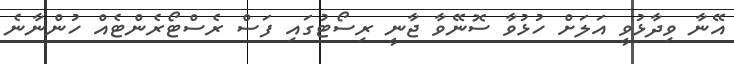
އޭނާ ވިދާޅުވީ އަލަށް ހުޅުވާ ސޮނޭވާ ޖާނީ ރިސޯޓުގައި ފަސް ރެސްޓޯރެންޓެއް ހުންނާނެ